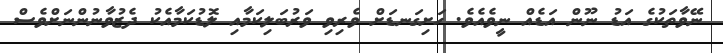
ނޭވާތަކުގެ އަޑު ނޫން އަޑެއް ނީވެއެވެ. ހަށިގަނޑަށް ވެރިވި ވަރުބަލިކަމާއި ލޮޑުކަމާއެކު ދެޒުވާނުންނަށްވެސް